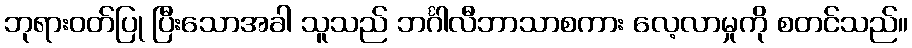
ဘုရားဝတ်ပြု ပြီးသောအခါ သူသည် ဘင်္ဂါလီဘာသာစကား လေ့လာမှုကို စတင်သည်။